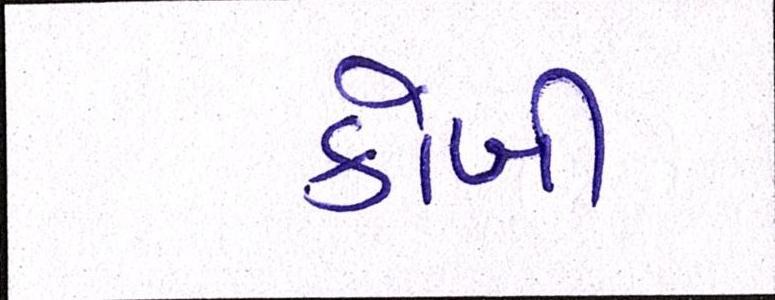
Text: કોબી